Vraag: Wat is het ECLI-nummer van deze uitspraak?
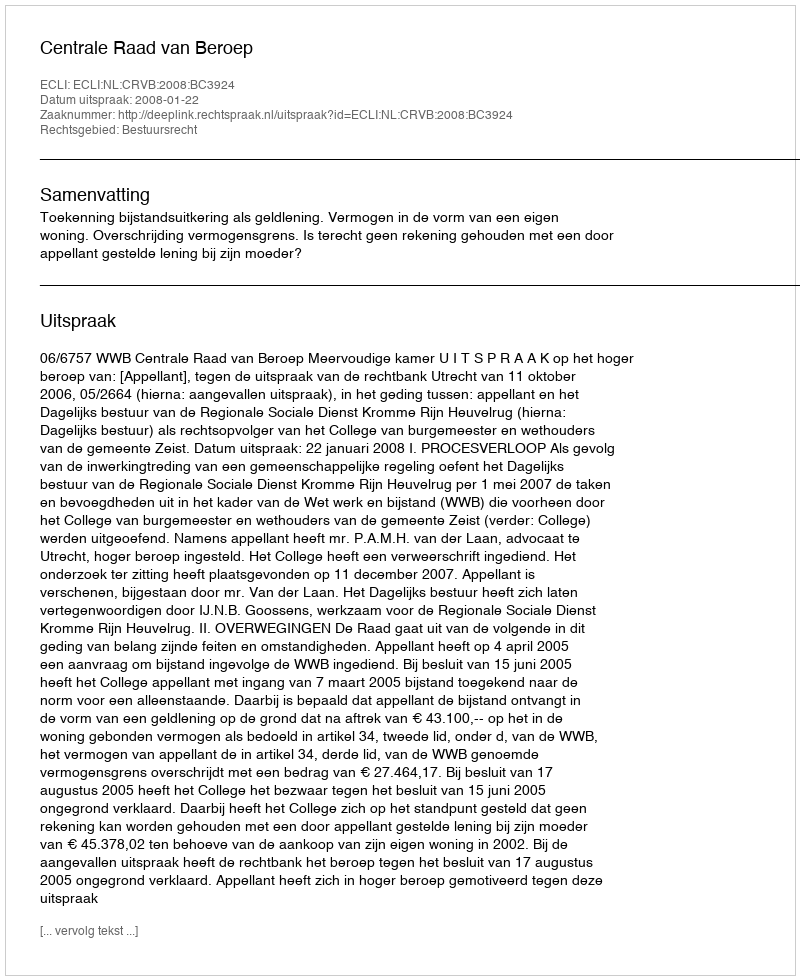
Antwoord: ECLI:NL:CRVB:2008:BC3924